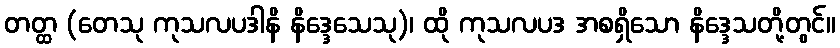
တတ္ထ (တေသု ကုသလပဒါနိ နိဒ္ဒေသေသု)၊ ထို ကုသလပဒ အစရှိသော နိဒ္ဒေသတို့တွင်။